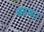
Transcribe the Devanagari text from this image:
बब्का